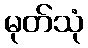
မုတ်သုံ